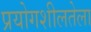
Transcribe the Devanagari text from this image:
प्रयोगशीलतेला